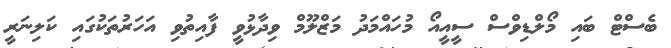
ބެސްޓް ބައި މޯލްޑިވްސް ސީއީއޯ މުހައްމަދު މަޒްލޫމް ވިދާޅުވީ ފާއިތުވި އަހަރުތަކުގައި ކަލިނަރީ